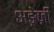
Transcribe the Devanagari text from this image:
अङ्रेज़ी